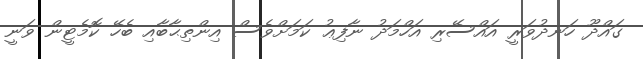
ގައްދޫ ހަނދުވަރީ އައްސޭރި އަހްމަދު ނާފިޢު ކަމަށްވެސް އިންތިޙާބާއި ބެހޭ ކޮމެޓީން ވަނީ